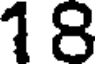
18